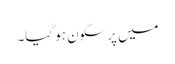
میں پرسکون ہو گیا۔